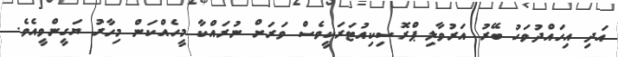
އަދި އިހައްދުވަހު ބޭރު އަރުވާލި ޕްރޮސިކިއުޓަރަކީވެސް ވަރަށް ނުރައްކާ މީހެއްކަން މިހާރު ޔަގީންވީއެވެ.